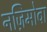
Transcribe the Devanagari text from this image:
नज़िमोवा